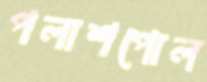
পলাশপোল